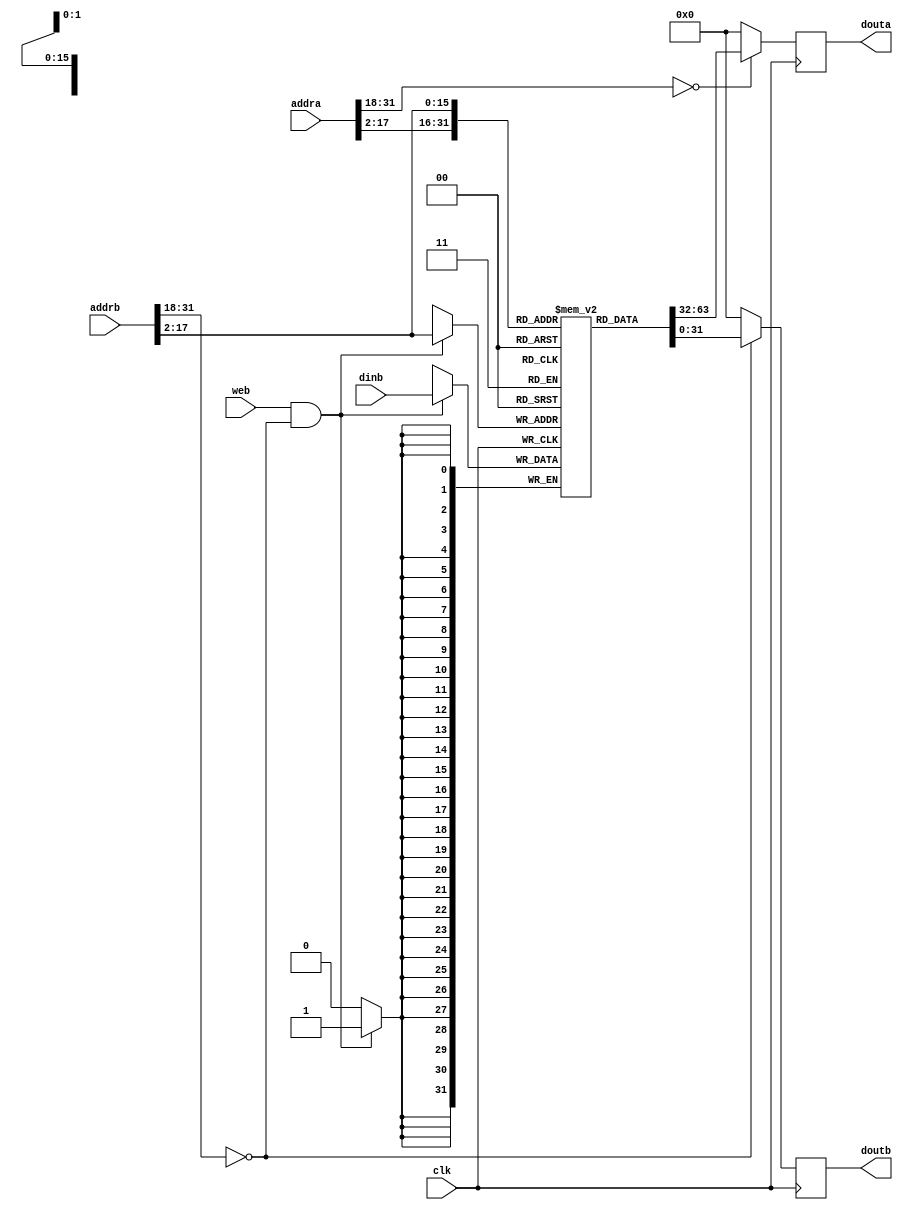
`define MATRIX_16
//////////////////////////////////////////////////////////////////////////////////
// Company: USTC ESLAB 
// 
// Design Name: RISCV-Pipline CPU
// Module Name: InstructionRamWrapper
// Target Devices: Nexys4
// Tool Versions: Vivado 2017.4.1
// Description: a Verilog-based ram which can be systhesis as BRAM
// 
//////////////////////////////////////////////////////////////////////////////////
//
    //bramabdebug_module
    //1bitbyte write
//
    //clk               
    //addra             a
    //addrb             b?
    //dinb              b
    //web               b
//
    //douta             a
    //doutb             b
//  
    //

module InstructionRam(
    input  clk,
    input  web,
    input  [31:0] addra, addrb,
    input  [31:0] dinb,
    output reg [31:0] douta, doutb
);
initial begin douta=0; doutb=0; end
parameter INSTRUCTION_STREAM_FILE = "E:\\\\Users\\\\ForeverTime Ken\\\\Documents\\\\GitHub\\\\Computer_Architechture\\\\CA_Lab03\\\\inst_ram.coe";
wire addra_valid = ( addra[31:18]==14'h0 );
wire addrb_valid = ( addrb[31:18]==14'h0 );
wire [15:0] addral = addra[17:2];
wire [15:0] addrbl = addrb[17:2];

reg [31:0] ram_cell [0:65535];

//   initial $readmemh(INSTRUCTION_STREAM_FILE, ram_cell);
`ifdef QSORT_256
    initial begin
        ram_cell[       0] = 32'h10004693;
        ram_cell[       1] = 32'h00001137;
        ram_cell[       2] = 32'h00004533;
        ram_cell[       3] = 32'h000045b3;
        ram_cell[       4] = 32'hfff68613;
        ram_cell[       5] = 32'h00261613;
        ram_cell[       6] = 32'h024000ef;
        ram_cell[       7] = 32'h00068293;
        ram_cell[       8] = 32'h00050313;
        ram_cell[       9] = 32'h00229293;
        ram_cell[      10] = 32'h00231313;
        ram_cell[      11] = 32'h00032383;
        ram_cell[      12] = 32'h00430313;
        ram_cell[      13] = 32'hfe534ce3;
        ram_cell[      14] = 32'h0000006f;
        ram_cell[      15] = 32'h0cc5da63;
        ram_cell[      16] = 32'h0005e333;
        ram_cell[      17] = 32'h000663b3;
        ram_cell[      18] = 32'h006502b3;
        ram_cell[      19] = 32'h0002a283;
        ram_cell[      20] = 32'h04735263;
        ram_cell[      21] = 32'h00750e33;
        ram_cell[      22] = 32'h000e2e03;
        ram_cell[      23] = 32'h005e4663;
        ram_cell[      24] = 32'hffc38393;
        ram_cell[      25] = 32'hfedff06f;
        ram_cell[      26] = 32'h00650eb3;
        ram_cell[      27] = 32'h01cea023;
        ram_cell[      28] = 32'h02735263;
        ram_cell[      29] = 32'h00650e33;
        ram_cell[      30] = 32'h000e2e03;
        ram_cell[      31] = 32'h01c2c663;
        ram_cell[      32] = 32'h00430313;
        ram_cell[      33] = 32'hfedff06f;
        ram_cell[      34] = 32'h00750eb3;
        ram_cell[      35] = 32'h01cea023;
        ram_cell[      36] = 32'hfc7340e3;
        ram_cell[      37] = 32'h00650eb3;
        ram_cell[      38] = 32'h005ea023;
        ram_cell[      39] = 32'hffc10113;
        ram_cell[      40] = 32'h00112023;
        ram_cell[      41] = 32'hffc10113;
        ram_cell[      42] = 32'h00b12023;
        ram_cell[      43] = 32'hffc10113;
        ram_cell[      44] = 32'h00c12023;
        ram_cell[      45] = 32'hffc10113;
        ram_cell[      46] = 32'h00612023;
        ram_cell[      47] = 32'hffc30613;
        ram_cell[      48] = 32'hf7dff0ef;
        ram_cell[      49] = 32'h00012303;
        ram_cell[      50] = 32'h00410113;
        ram_cell[      51] = 32'h00012603;
        ram_cell[      52] = 32'h00410113;
        ram_cell[      53] = 32'h00012583;
        ram_cell[      54] = 32'hffc10113;
        ram_cell[      55] = 32'h00c12023;
        ram_cell[      56] = 32'hffc10113;
        ram_cell[      57] = 32'h00612023;
        ram_cell[      58] = 32'h00430593;
        ram_cell[      59] = 32'hf51ff0ef;
        ram_cell[      60] = 32'h00012303;
        ram_cell[      61] = 32'h00410113;
        ram_cell[      62] = 32'h00012603;
        ram_cell[      63] = 32'h00410113;
        ram_cell[      64] = 32'h00012583;
        ram_cell[      65] = 32'h00410113;
        ram_cell[      66] = 32'h00012083;
        ram_cell[      67] = 32'h00410113;
        ram_cell[      68] = 32'h00008067;
    end
`endif

`ifdef MATRIX_16
    initial begin
        ram_cell[       0] = 32'h00404713;
        ram_cell[       1] = 32'h00404693;
        ram_cell[       2] = 32'h00e696b3;
        ram_cell[       3] = 32'h00004633;
        ram_cell[       4] = 32'h00e69533;
        ram_cell[       5] = 32'h00a505b3;
        ram_cell[       6] = 32'h000042b3;
        ram_cell[       7] = 32'h00004333;
        ram_cell[       8] = 32'h00004e33;
        ram_cell[       9] = 32'h000043b3;
        ram_cell[      10] = 32'h00e29eb3;
        ram_cell[      11] = 32'h007e8eb3;
        ram_cell[      12] = 32'h00ae8eb3;
        ram_cell[      13] = 32'h000eae83;
        ram_cell[      14] = 32'h00e39f33;
        ram_cell[      15] = 32'h006f0f33;
        ram_cell[      16] = 32'h00bf0f33;
        ram_cell[      17] = 32'h000f2f03;
        ram_cell[      18] = 32'h01eefeb3;
        ram_cell[      19] = 32'h01de0e33;
        ram_cell[      20] = 32'h00438393;
        ram_cell[      21] = 32'hfcd3cae3;
        ram_cell[      22] = 32'h00e29eb3;
        ram_cell[      23] = 32'h006e8eb3;
        ram_cell[      24] = 32'h00ce8eb3;
        ram_cell[      25] = 32'h01cea023;
        ram_cell[      26] = 32'h00430313;
        ram_cell[      27] = 32'hfad34ae3;
        ram_cell[      28] = 32'h00428293;
        ram_cell[      29] = 32'hfad2c4e3;
        ram_cell[      30] = 32'h00100293;
        ram_cell[      31] = 32'h00e292b3;
        ram_cell[      32] = 32'h00e292b3;
        ram_cell[      33] = 32'h00229293;
        ram_cell[      34] = 32'h00000313;
        ram_cell[      35] = 32'h00032383;
        ram_cell[      36] = 32'h00430313;
        ram_cell[      37] = 32'hfe534ce3;
        ram_cell[      38] = 32'h0000006f;
    end

`endif

`ifdef QSORT_512
    initial begin
        // qsort 512
        ram_cell[       0] = 32'h20004693;
        ram_cell[       1] = 32'h00001137;
        ram_cell[       2] = 32'h00004533;
        ram_cell[       3] = 32'h000045b3;
        ram_cell[       4] = 32'hfff68613;
        ram_cell[       5] = 32'h00261613;
        ram_cell[       6] = 32'h024000ef;
        ram_cell[       7] = 32'h00068293;
        ram_cell[       8] = 32'h00050313;
        ram_cell[       9] = 32'h00229293;
        ram_cell[      10] = 32'h00231313;
        ram_cell[      11] = 32'h00032383;
        ram_cell[      12] = 32'h00430313;
        ram_cell[      13] = 32'hfe534ce3;
        ram_cell[      14] = 32'h0000006f;
        ram_cell[      15] = 32'h0cc5da63;
        ram_cell[      16] = 32'h0005e333;
        ram_cell[      17] = 32'h000663b3;
        ram_cell[      18] = 32'h006502b3;
        ram_cell[      19] = 32'h0002a283;
        ram_cell[      20] = 32'h04735263;
        ram_cell[      21] = 32'h00750e33;
        ram_cell[      22] = 32'h000e2e03;
        ram_cell[      23] = 32'h005e4663;
        ram_cell[      24] = 32'hffc38393;
        ram_cell[      25] = 32'hfedff06f;
        ram_cell[      26] = 32'h00650eb3;
        ram_cell[      27] = 32'h01cea023;
        ram_cell[      28] = 32'h02735263;
        ram_cell[      29] = 32'h00650e33;
        ram_cell[      30] = 32'h000e2e03;
        ram_cell[      31] = 32'h01c2c663;
        ram_cell[      32] = 32'h00430313;
        ram_cell[      33] = 32'hfedff06f;
        ram_cell[      34] = 32'h00750eb3;
        ram_cell[      35] = 32'h01cea023;
        ram_cell[      36] = 32'hfc7340e3;
        ram_cell[      37] = 32'h00650eb3;
        ram_cell[      38] = 32'h005ea023;
        ram_cell[      39] = 32'hffc10113;
        ram_cell[      40] = 32'h00112023;
        ram_cell[      41] = 32'hffc10113;
        ram_cell[      42] = 32'h00b12023;
        ram_cell[      43] = 32'hffc10113;
        ram_cell[      44] = 32'h00c12023;
        ram_cell[      45] = 32'hffc10113;
        ram_cell[      46] = 32'h00612023;
        ram_cell[      47] = 32'hffc30613;
        ram_cell[      48] = 32'hf7dff0ef;
        ram_cell[      49] = 32'h00012303;
        ram_cell[      50] = 32'h00410113;
        ram_cell[      51] = 32'h00012603;
        ram_cell[      52] = 32'h00410113;
        ram_cell[      53] = 32'h00012583;
        ram_cell[      54] = 32'hffc10113;
        ram_cell[      55] = 32'h00c12023;
        ram_cell[      56] = 32'hffc10113;
        ram_cell[      57] = 32'h00612023;
        ram_cell[      58] = 32'h00430593;
        ram_cell[      59] = 32'hf51ff0ef;
        ram_cell[      60] = 32'h00012303;
        ram_cell[      61] = 32'h00410113;
        ram_cell[      62] = 32'h00012603;
        ram_cell[      63] = 32'h00410113;
        ram_cell[      64] = 32'h00012583;
        ram_cell[      65] = 32'h00410113;
        ram_cell[      66] = 32'h00012083;
        ram_cell[      67] = 32'h00410113;
        ram_cell[      68] = 32'h00008067;
    end
`endif

`ifdef MATRIX_8
    initial begin
        // matrix 8
        ram_cell[       0] = 32'h00304713;
        ram_cell[       1] = 32'h00404693;
        ram_cell[       2] = 32'h00e696b3;
        ram_cell[       3] = 32'h00004633;
        ram_cell[       4] = 32'h00e69533;
        ram_cell[       5] = 32'h00a505b3;
        ram_cell[       6] = 32'h000042b3;
        ram_cell[       7] = 32'h00004333;
        ram_cell[       8] = 32'h00004e33;
        ram_cell[       9] = 32'h000043b3;
        ram_cell[      10] = 32'h00e29eb3;
        ram_cell[      11] = 32'h007e8eb3;
        ram_cell[      12] = 32'h00ae8eb3;
        ram_cell[      13] = 32'h000eae83;
        ram_cell[      14] = 32'h00e39f33;
        ram_cell[      15] = 32'h006f0f33;
        ram_cell[      16] = 32'h00bf0f33;
        ram_cell[      17] = 32'h000f2f03;
        ram_cell[      18] = 32'h01eefeb3;
        ram_cell[      19] = 32'h01de0e33;
        ram_cell[      20] = 32'h00438393;
        ram_cell[      21] = 32'hfcd3cae3;
        ram_cell[      22] = 32'h00e29eb3;
        ram_cell[      23] = 32'h006e8eb3;
        ram_cell[      24] = 32'h00ce8eb3;
        ram_cell[      25] = 32'h01cea023;
        ram_cell[      26] = 32'h00430313;
        ram_cell[      27] = 32'hfad34ae3;
        ram_cell[      28] = 32'h00428293;
        ram_cell[      29] = 32'hfad2c4e3;
        ram_cell[      30] = 32'h00100293;
        ram_cell[      31] = 32'h00e292b3;
        ram_cell[      32] = 32'h00e292b3;
        ram_cell[      33] = 32'h00229293;
        ram_cell[      34] = 32'h00000313;
        ram_cell[      35] = 32'h00032383;
        ram_cell[      36] = 32'h00430313;
        ram_cell[      37] = 32'hfe534ce3;
        ram_cell[      38] = 32'h0000006f;
    end
`endif

`ifdef BTB
    initial begin
        ram_cell[       0] = 32'h00000293;
        ram_cell[       1] = 32'h00000313;
        ram_cell[       2] = 32'h06500393;
        ram_cell[       3] = 32'h00530333;
        ram_cell[       4] = 32'h00128293;
        ram_cell[       5] = 32'hfe729ce3;
        ram_cell[       6] = 32'h00130313;
    end
`endif

`ifdef BHT
    initial begin
        ram_cell[       0] = 32'h00000293;
        ram_cell[       1] = 32'h00000313;
        ram_cell[       2] = 32'h00000393;
        ram_cell[       3] = 32'h00a00e13;
        ram_cell[       4] = 32'h00138393;
        ram_cell[       5] = 32'h00530333;
        ram_cell[       6] = 32'h00128293;
        ram_cell[       7] = 32'hffc29ce3;
        ram_cell[       8] = 32'h00000293;
        ram_cell[       9] = 32'hffc396e3;
        ram_cell[      10] = 32'h00130313;
    end

`endif

always @ (posedge clk)
    douta <= addra_valid ? ram_cell[addral] : 0;
    
always @ (posedge clk)
    doutb <= addrb_valid ? ram_cell[addrbl] : 0;

always @ (posedge clk)
    if(web & addrb_valid) 
        ram_cell[addrbl] <= dinb;

endmodule